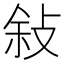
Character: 敍